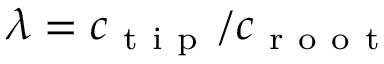
\lambda = c _ { \mathrm { ~ t ~ i ~ p ~ } } / c _ { \mathrm { ~ r ~ o ~ o ~ t ~ } }